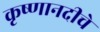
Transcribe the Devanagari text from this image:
कृष्णानदीचे